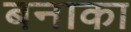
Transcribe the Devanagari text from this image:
बनाका